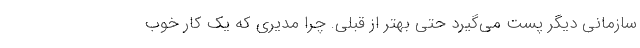
سازمانی دیگر پست می‌گیرد حتی بهتر از قبلی. چرا مدیری که یک کار خوب